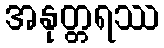
အနုတ္တရဿ